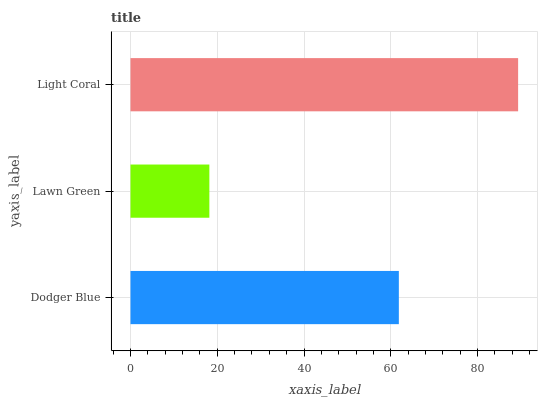
| yaxis_label | bars |
 | --- | --- |
 | Dodger Blue | 61.8 |
 | Lawn Green | 18.2 |
 | Light Coral | 89.3 |